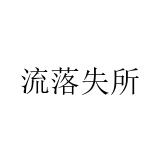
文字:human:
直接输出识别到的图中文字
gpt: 流落失所